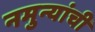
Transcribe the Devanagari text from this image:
नमुन्यांची